Source: Handwritten
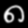
Digit: ၈ (8)